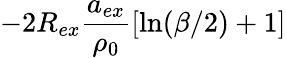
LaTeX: -2R_{ex}\frac{a_{ex}}{\rho_{0}}\left[\ln(\beta/2)+1\right]